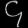
Digit: ၄